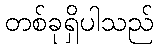
တစ်ခုရှိပါသည်